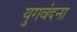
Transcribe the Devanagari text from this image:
युगवंदना